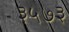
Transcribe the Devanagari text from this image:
३५७३